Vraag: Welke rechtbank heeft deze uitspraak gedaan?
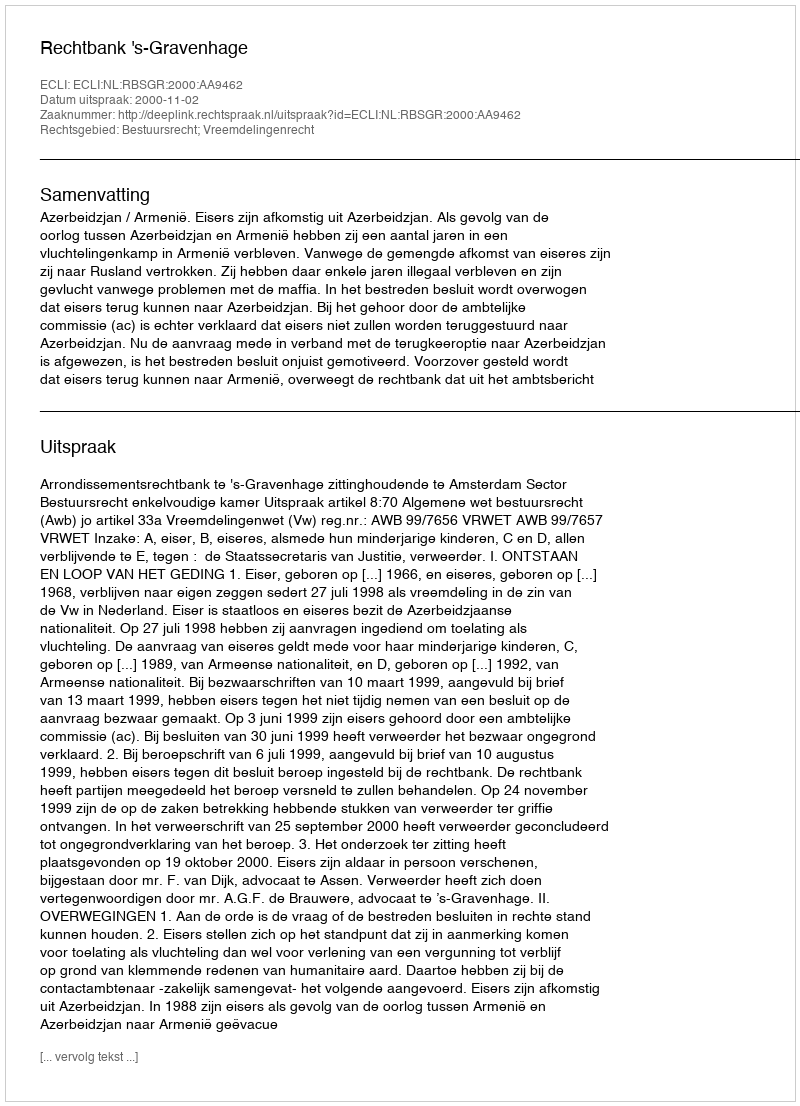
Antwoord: Rechtbank 's-Gravenhage